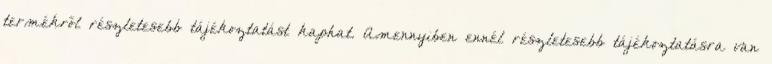
termékről részletesebb tájékoztatást kaphat. Amennyiben ennél részletesebb tájékoztatásra van